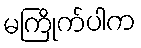
မကြိုက်ပါက